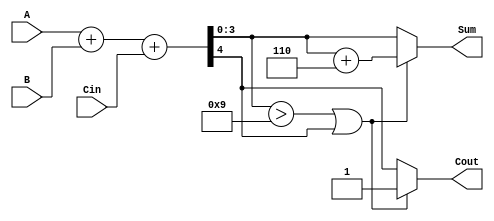
module BCD_Adder (
    input  wire [3:0] A,     // First BCD digit
    input  wire [3:0] B,     // Second BCD digit
    input  wire Cin,         // Carry input
    output reg  [3:0] Sum,   // BCD result
    output reg  Cout         // Carry output
);

    wire [4:0] S;           // Intermediate sum (5 bits for carry)
    wire correction_needed;  // Flag for correction

    // Step 1: Binary addition of A, B, and Cin
    assign S = A + B + Cin;

    // Step 2: Check if correction is needed
    assign correction_needed = (S[3:0] > 4'b1001) || S[4];

    // Step 3: BCD Correction Logic
    always @(*) begin
        if (correction_needed) begin
            // If correction is needed, add 6 (0110)
            Sum = S[3:0] + 4'b0110;
            Cout = 1; // Set carry out
        end else begin
            Sum = S[3:0];
            Cout = S[4]; // Carry out from the addition
        end
    end

endmodule